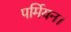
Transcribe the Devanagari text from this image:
पर्मियन।